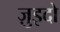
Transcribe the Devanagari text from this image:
ज़ुइदो